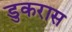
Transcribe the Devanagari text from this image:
डुकरास